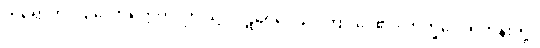
ကရောဟိ၊ ပြုလော။ ဣတိ၊ ဤသို့။ ပဋိဝေဒေသိ၊ ကြားပေ၏။ ဘိက္ခဝေ၊ ရဟန်းတို့။